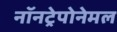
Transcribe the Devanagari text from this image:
नॉनट्रेपोनेमल